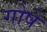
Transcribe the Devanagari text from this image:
गोषे